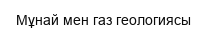
Мұнай мен газ геологиясы